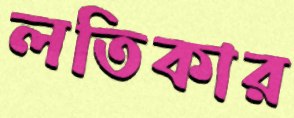
লতিকার